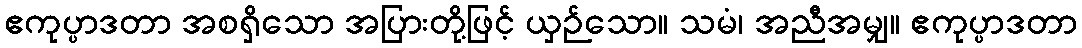
ဧကုပ္ပာဒတာ အစရှိသော အပြားတို့ဖြင့် ယှဉ်သော။ သမံ၊ အညီအမျှ။ ဧကုပ္ပာဒတာ